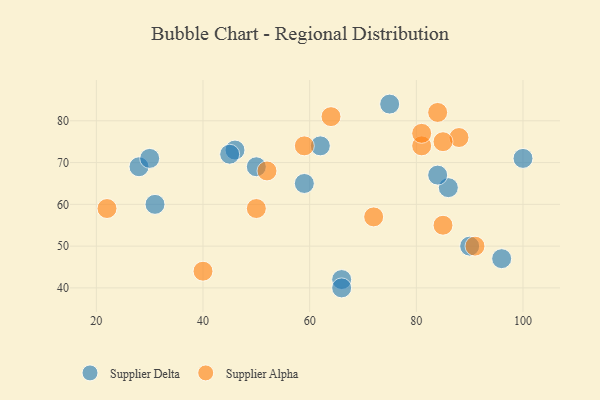
{"axis": {"x": "GDP", "y": "Life Expectancy"}, "legend": ["Supplier Alpha", "Supplier Delta"], "data": [{"x": "86", "y": 64, "type": "Supplier Delta"}, {"x": "50", "y": 69, "type": "Supplier Delta"}, {"x": "59", "y": 65, "type": "Supplier Delta"}, {"x": "66", "y": 42, "type": "Supplier Delta"}, {"x": "75", "y": 84, "type": "Supplier Delta"}, {"x": "46", "y": 73, "type": "Supplier Delta"}, {"x": "62", "y": 74, "type": "Supplier Delta"}, {"x": "28", "y": 69, "type": "Supplier Delta"}, {"x": "96", "y": 47, "type": "Supplier Delta"}, {"x": "30", "y": 71, "type": "Supplier Delta"}, {"x": "84", "y": 67, "type": "Supplier Delta"}, {"x": "66", "y": 40, "type": "Supplier Delta"}, {"x": "31", "y": 60, "type": "Supplier Delta"}, {"x": "90", "y": 50, "type": "Supplier Delta"}, {"x": "45", "y": 72, "type": "Supplier Delta"}, {"x": "100", "y": 71, "type": "Supplier Delta"}, {"x": "40", "y": 44, "type": "Supplier Alpha"}, {"x": "85", "y": 55, "type": "Supplier Alpha"}, {"x": "59", "y": 74, "type": "Supplier Alpha"}, {"x": "52", "y": 68, "type": "Supplier Alpha"}, {"x": "81", "y": 74, "type": "Supplier Alpha"}, {"x": "88", "y": 76, "type": "Supplier Alpha"}, {"x": "85", "y": 75, "type": "Supplier Alpha"}, {"x": "72", "y": 57, "type": "Supplier Alpha"}, {"x": "91", "y": 50, "type": "Supplier Alpha"}, {"x": "22", "y": 59, "type": "Supplier Alpha"}, {"x": "64", "y": 81, "type": "Supplier Alpha"}, {"x": "50", "y": 59, "type": "Supplier Alpha"}, {"x": "81", "y": 77, "type": "Supplier Alpha"}, {"x": "84", "y": 82, "type": "Supplier Alpha"}]}